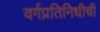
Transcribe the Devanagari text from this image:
वर्गप्रतिनिधीची